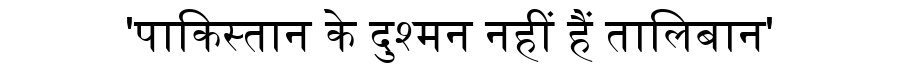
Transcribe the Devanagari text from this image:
'पाकिस्तान के दुश्मन नहीं हैं तालिबान'